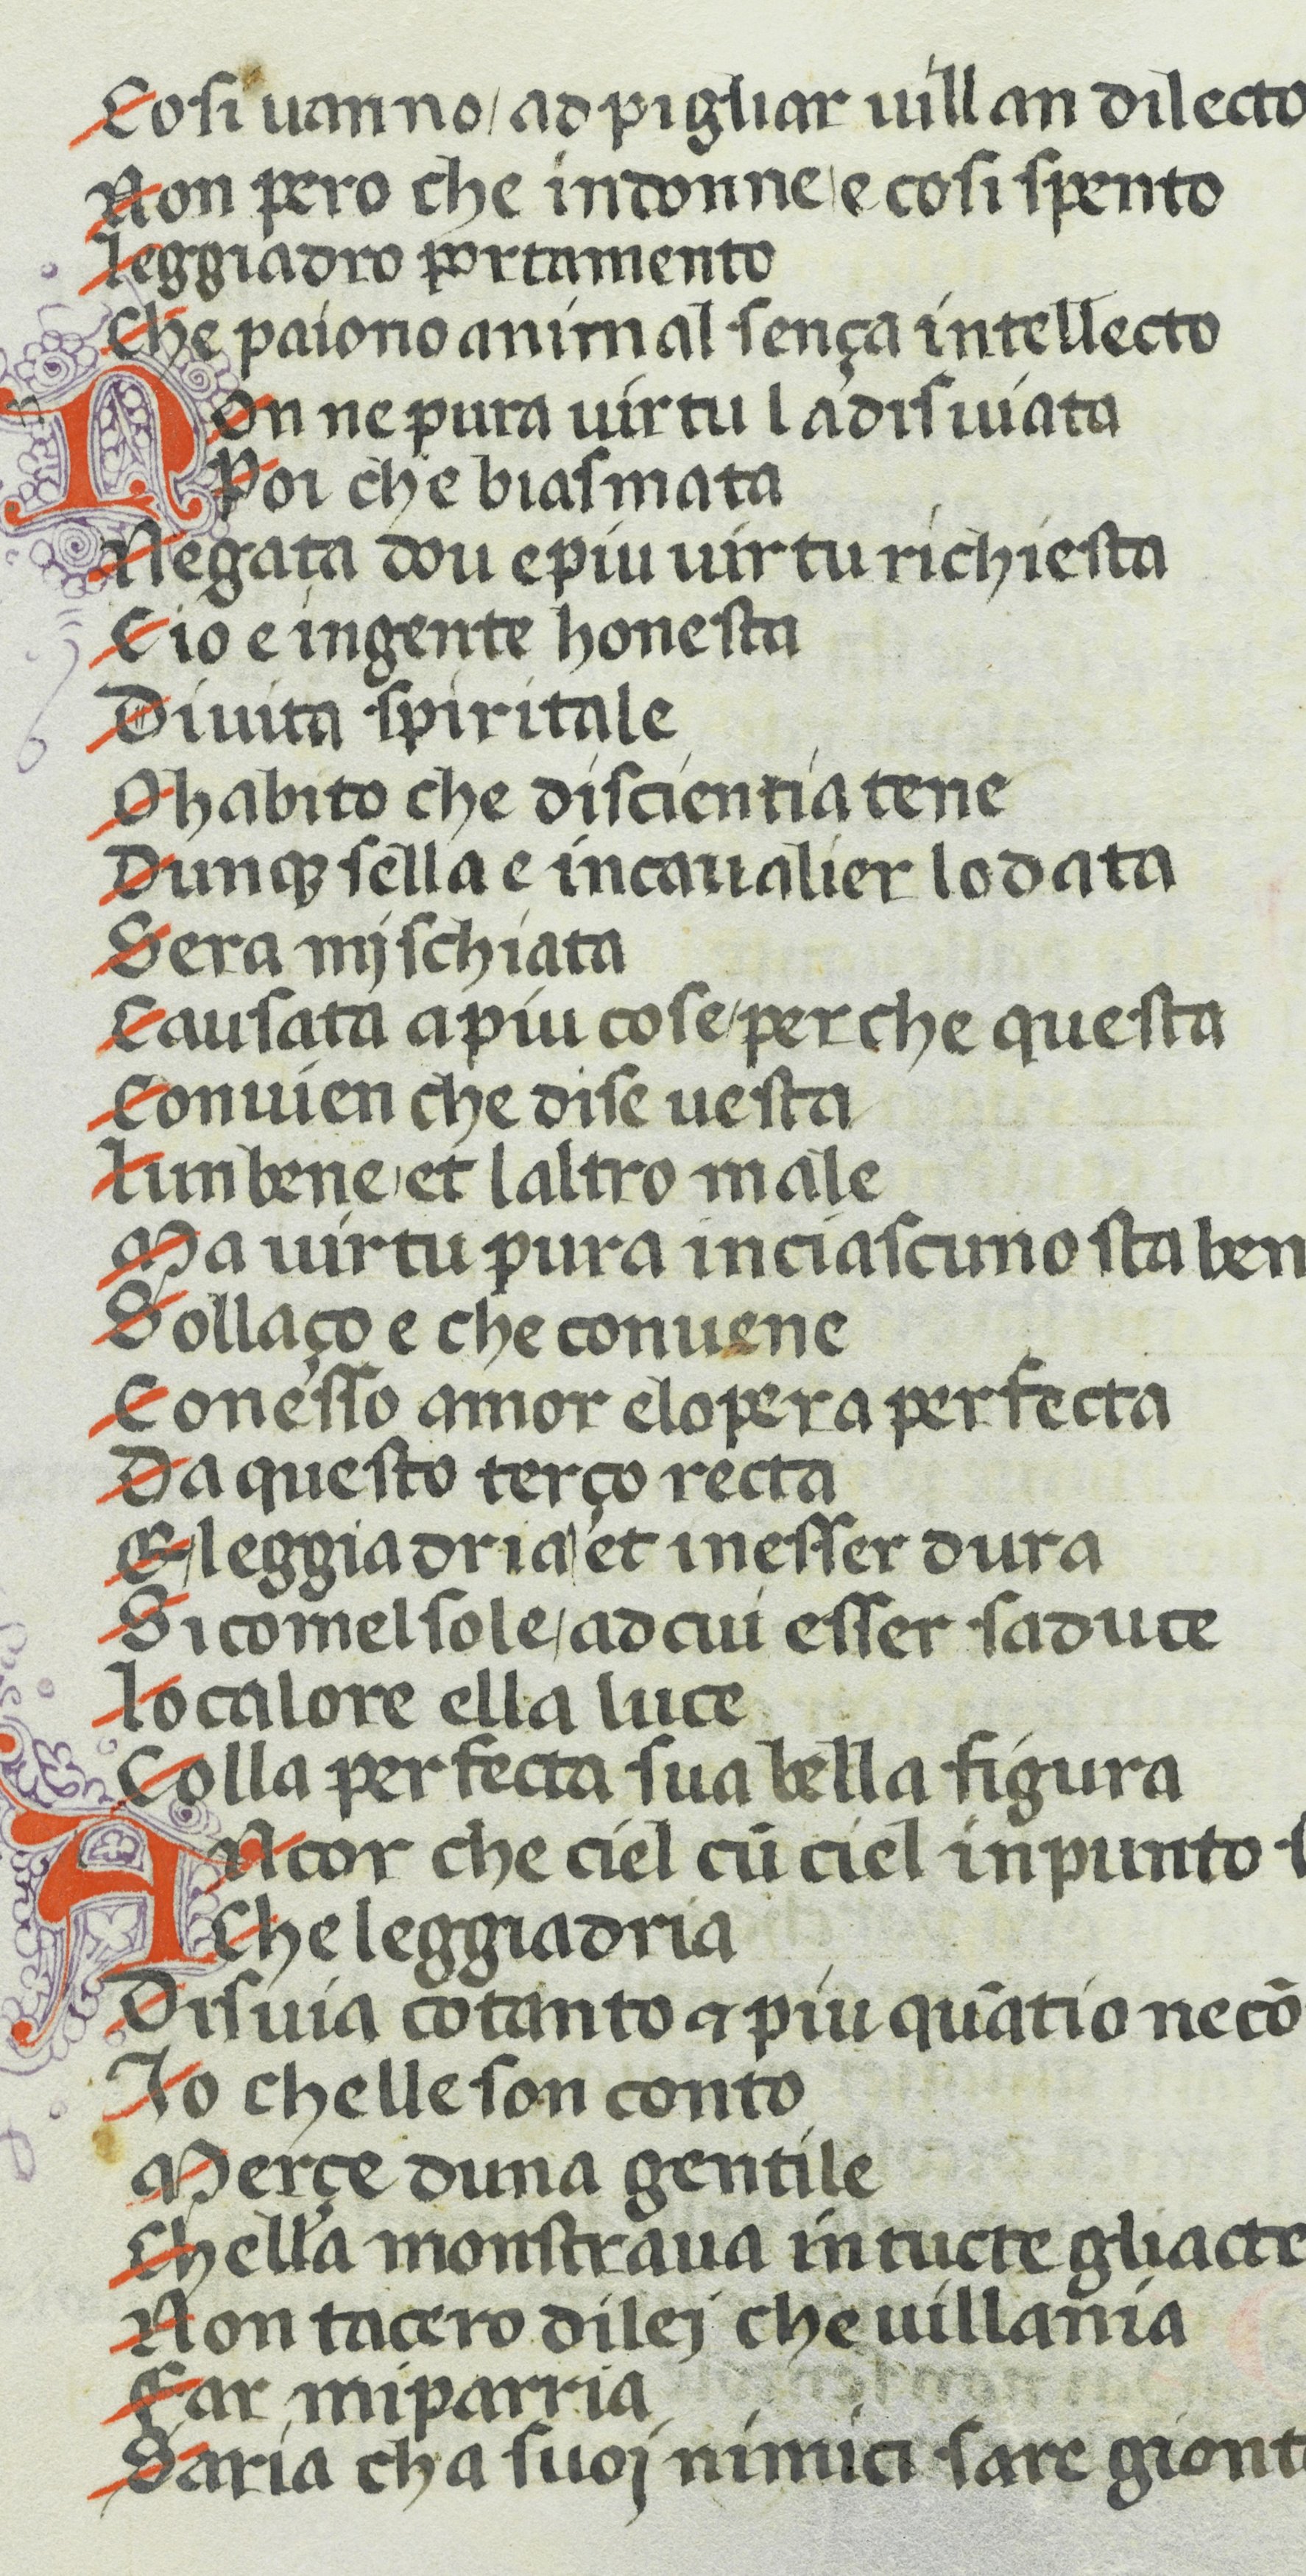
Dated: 1370–1399